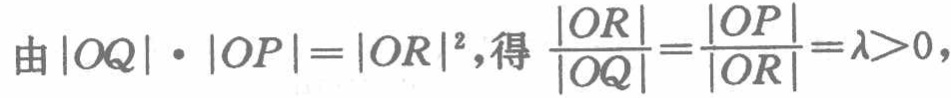
由\(|OQ|\cdot |OP| = |OR|^{2}\)，得\(\frac{|OR|}{|OQ|}=\frac{|OP|}{|OR|}=\lambda > 0\)，